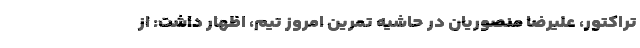
تراکتور، علیرضا منصوریان در حاشیه تمرین امروز تیم، اظهار داشت: از